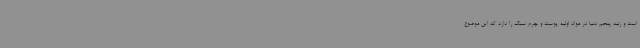
است و رتبه پنجم دنیا در مواد اولیه پوست و چرم سبک را دارد که این موضوع